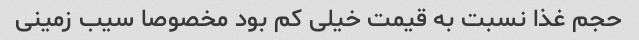
حجم غذا نسبت به قیمت خیلی کم بود مخصوصا سیب زمینی